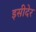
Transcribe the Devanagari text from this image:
इसीदेर